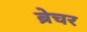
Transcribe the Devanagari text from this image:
ब्रेचर